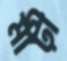
মাঢ়ী